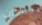
جنيهات